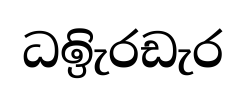
ධඉිැරඩැර